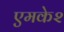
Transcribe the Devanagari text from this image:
एमके२